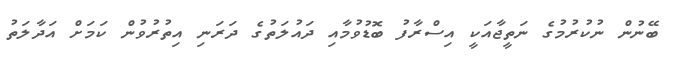
ބޭނުން ނުކުރުމުގެ ނަތީޖާއަކީ އިސްރާފު ބޮޑުވުމާއި ދައުލަތުގެ ދަރަނި އިތުރުވުން ކަމަށް އަދާލަތު